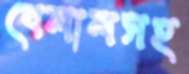
বেলালসহ